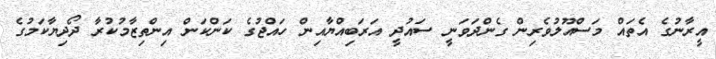
އީރާނުގެ އެތައް މަސްއޫލުވެރިން ގެންދަވަނީ ސައުދީ އަރަބިއްޔާއިން ހައްޖުގެ ކަންކަން އިންތިޒާމުކުރާ ދޯދިޔާކަމުގެ